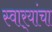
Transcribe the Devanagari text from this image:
स्वार्‍यांचा